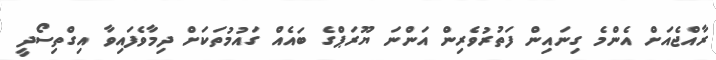
ރާއްޖެއަށް އެންމެ ގިނައިން ފަތުރުވެރިން އަންނަ ޔޫރަޕްގެ ބައެއް ގައުމުތަކަށް ދިމާވެފައިވާ އިގްތިސޯދީ